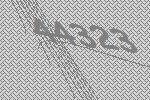
44323